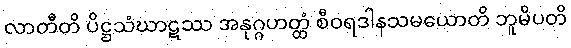
လာတီတိ ပိဋ္ဌသံဃာဋဿ အနုဂ္ဂဟတ္ထံ စီဝရဒါနသမယောတိ ဘူမိပတိ